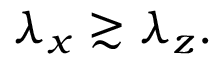
\lambda _ { x } \gtrsim \lambda _ { z } .